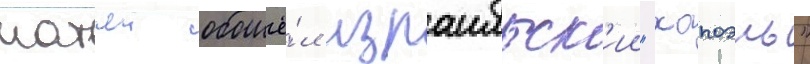
матчеи обошё́л израильск'ии "хапоэль"